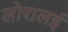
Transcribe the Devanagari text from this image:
लोरालई